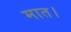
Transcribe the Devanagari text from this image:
मात।